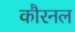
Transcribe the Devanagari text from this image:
कौरनल